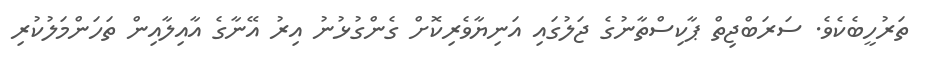
ތަރުހީބެކެވެ. ސަރަބްޖިތް ޕާކިސްތާނުގެ ޖަލުގައި އަނިޔާވެރިކޮށް ގެންގުޅުނު އިރު އޭނާގެ އާއިލާއިން ތަހަންމަލުކުރި